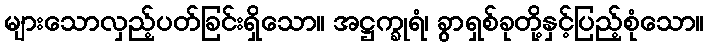
များသောလှည့်ပတ်ခြင်းရှိသော။ အဋ္ဌက္ခုရံ၊ ခွာရှစ်ခုတို့နှင့်ပြည့်စုံသော။